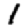
Digit: 1